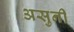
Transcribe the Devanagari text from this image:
असुनी